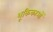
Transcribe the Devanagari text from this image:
शूकिकाओं